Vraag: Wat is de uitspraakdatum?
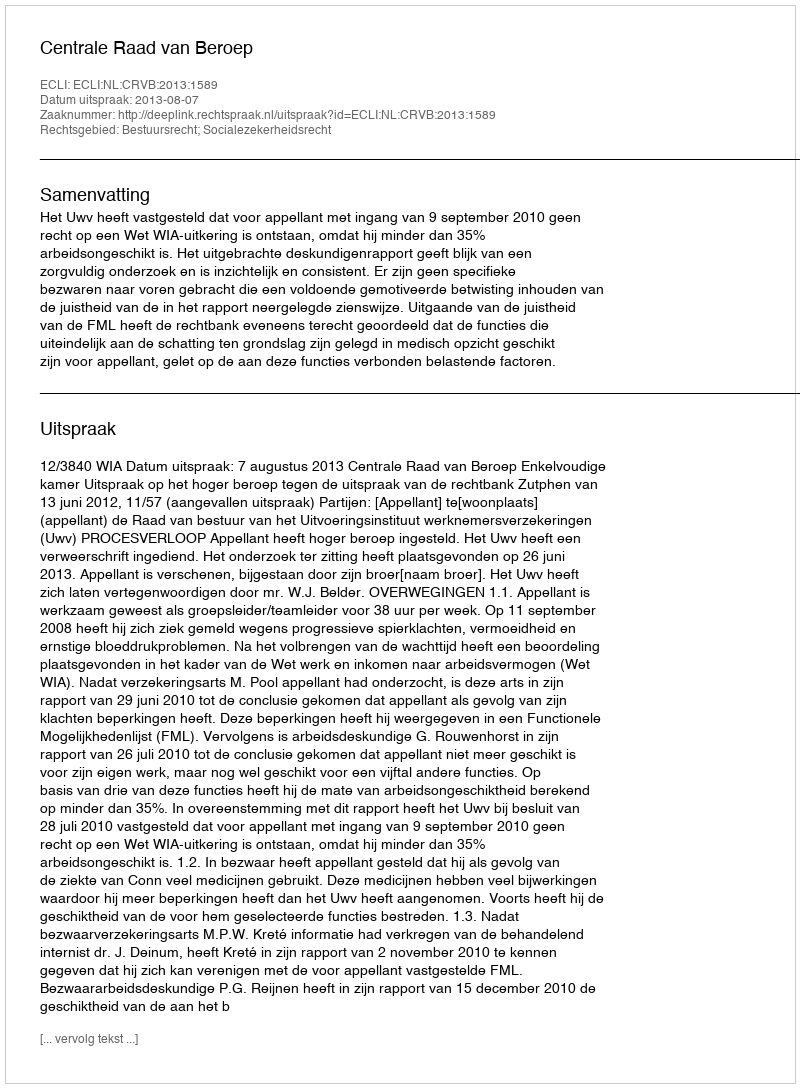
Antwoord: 2013-08-07